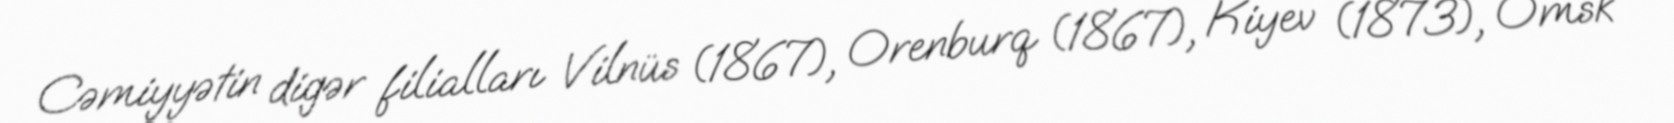
Cəmiyyətin digər filialları Vilnüs (1867), Orenburq (1867), Kiyev (1873), Omsk